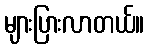
များပြားလာတယ်။